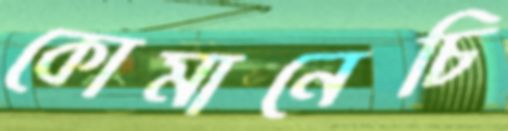
কোমানেচি